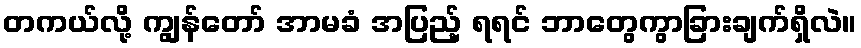
တကယ်လို့ ကျွန်တော် အာမခံ အပြည့် ရရင် ဘာတွေကွာခြားချက်ရှိလဲ။